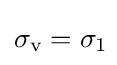
\sigma _{\text{v}}=\sigma _{1}\!